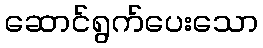
ဆောင်ရွက်ပေးသော